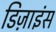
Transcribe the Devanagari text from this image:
डिज़ाइंस